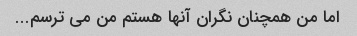
اما من همچنان نگران آنها هستم من می ترسم...